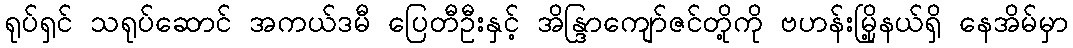
ရုပ်ရှင် သရုပ်ဆောင် အကယ်ဒမီ ပြေတီဦးနှင့် အိန္ဒြာကျော်ဇင်တို့ကို ဗဟန်းမြို့နယ်ရှိ နေအိမ်မှာ